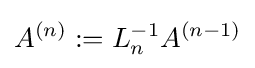
A^{(n)}:=L_{n}^{-1}A^{(n-1)}